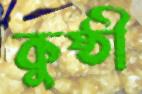
কুষ্ঠী